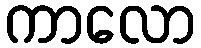
ကာလော